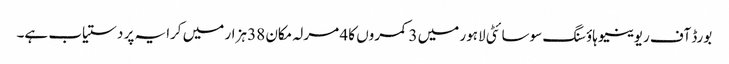
بورڈ آف ریوینیو ہاؤسنگ سوسائٹی لاہور میں 3 کمروں کا 4 مرلہ مکان 38 ہزار میں کرایہ پر دستیاب ہے۔